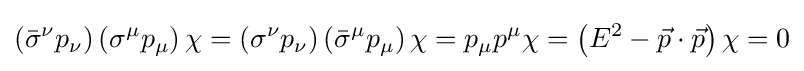
\left({\bar {\sigma }}^{\nu }p_{\nu }\right)\left(\sigma ^{\mu }p_{\mu }\right)\chi =\left(\sigma ^{\nu }p_{\nu }\right)\left({\bar {\sigma }}^{\mu }p_{\mu }\right)\chi =p_{\mu }p^{\mu }\chi =\left(E^{2}-{\vec {p}}\cdot {\vec {p}}\right)\chi =0